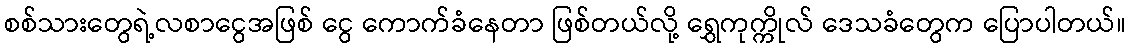
စစ်သားတွေရဲ့လစာငွေအဖြစ် ငွေ ကောက်ခံနေတာ ဖြစ်တယ်လို့ ရွှေကုက္ကိုလ် ဒေသခံတွေက ပြောပါတယ်။